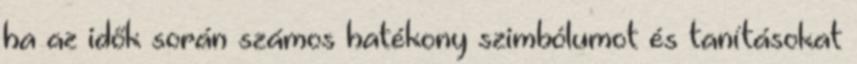
ha az idők során számos hatékony szimbólumot és tanításokat